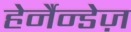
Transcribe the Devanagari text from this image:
हेर्नैन्डेज़